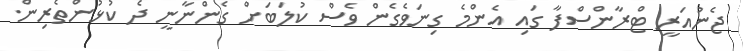
ޖެނުއަރީ ޓްރާންސްފާ ގައި އެންމެ ގިނަވެގެން ވެސް ކުލަބަށް ގެންނާނީ ދެ ކުޅުންތެރިން.